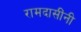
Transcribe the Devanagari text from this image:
रामदासींनी